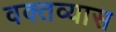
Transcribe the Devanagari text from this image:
वक्तव्यास